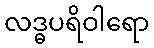
လဒ္ဓပရိဝါရော